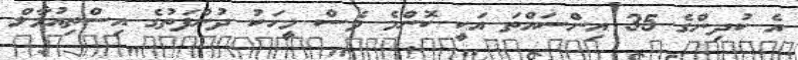
އެ ކުދިންގެ 35 އިންސައްތަ އަކީ ކޮންމެ ވެސް މީހަކު ދުންފަތުގެ އިސްތިއުމާލް